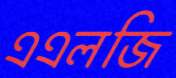
এএলজি